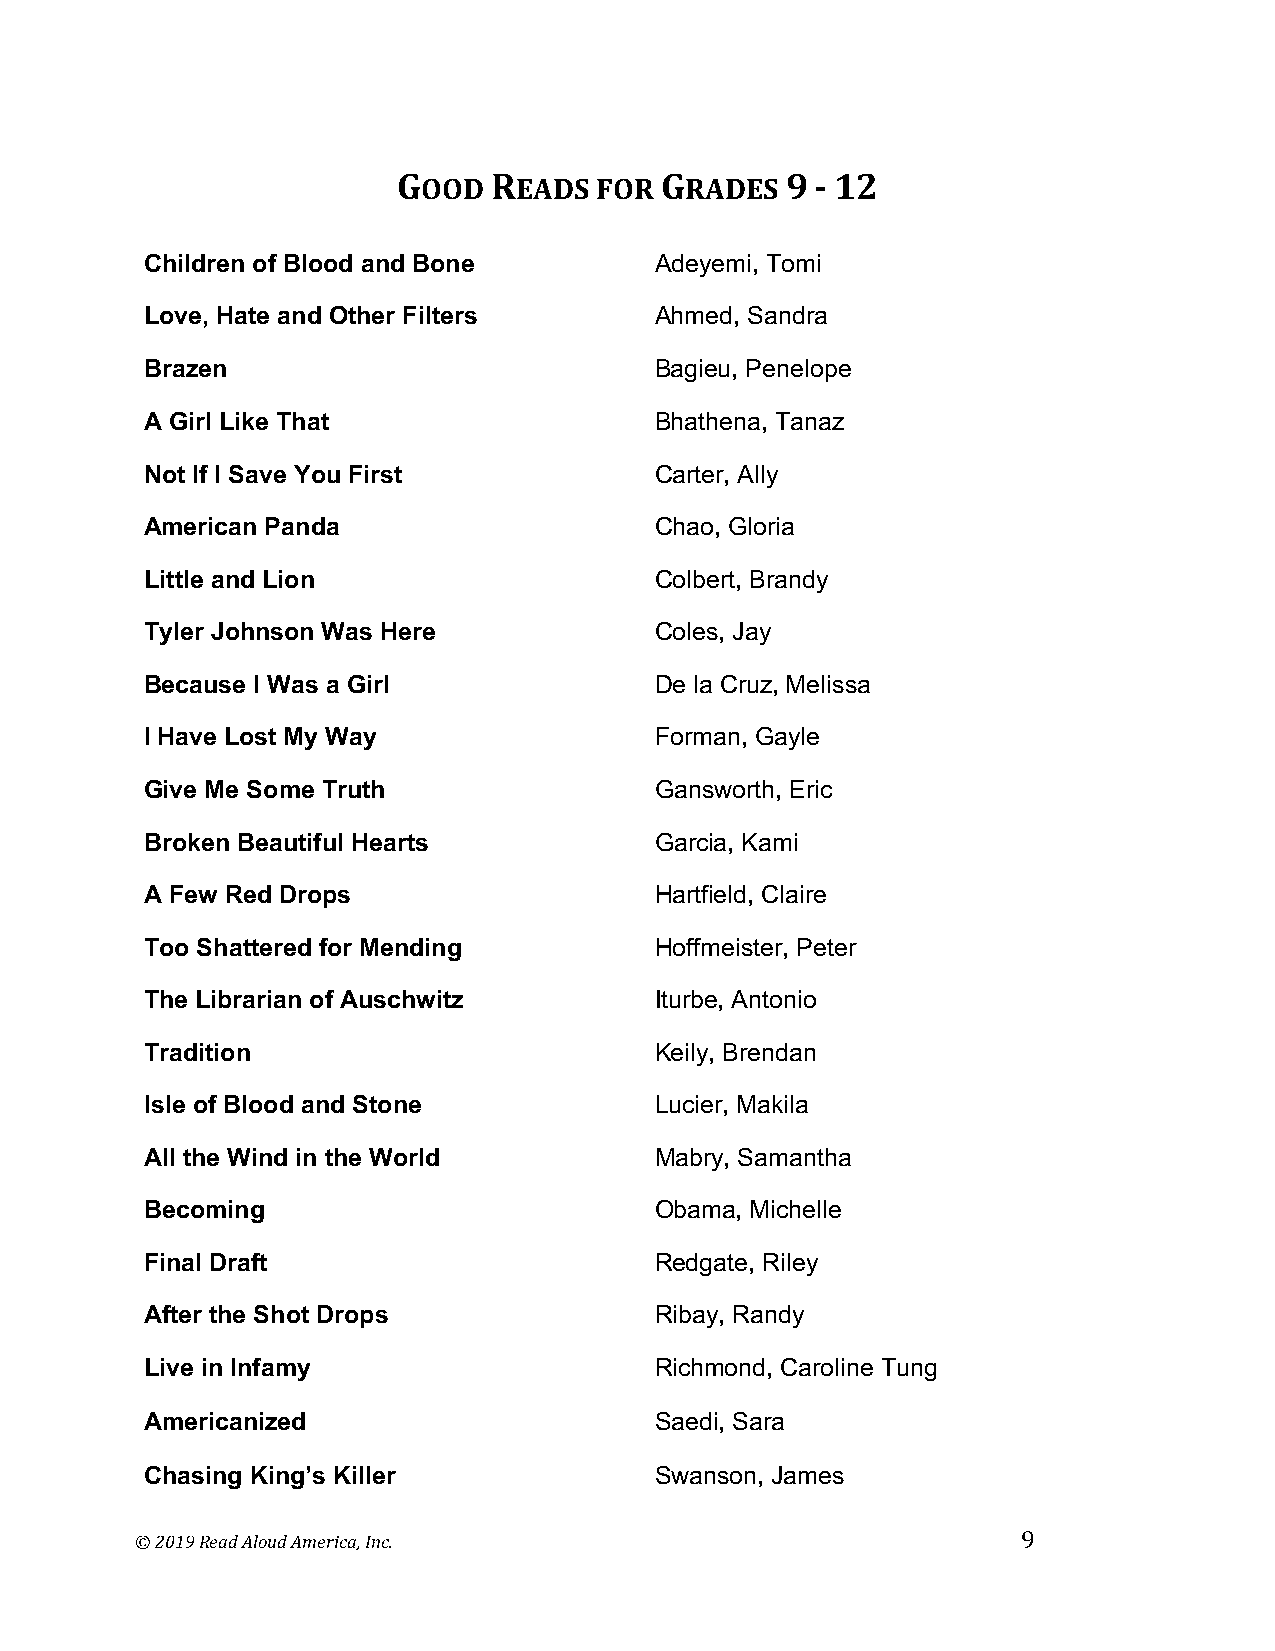
GOOD   READS FOR  GRADES  9 - 12
 Children of Blood and Bone       Adeyemi, Tomi
 Love, Hate and Other Filters     Ahmed, Sandra
 Brazen                           Bagieu, Penelope
 A Girl Like That                 Bhathena, Tanaz
 Not If I Save You First          Carter, Ally
 American Panda                   Chao, Gloria
 Little and Lion                  Colbert, Brandy
 Tyler Johnson Was Here           Coles, Jay
 Because I Was a Girl             De la Cruz, Melissa
 I Have Lost My Way               Forman, Gayle
 Give Me Some Truth               Gansworth, Eric
 Broken Beautiful Hearts          Garcia, Kami
 A Few Red Drops                  Hartfield, Claire
 Too Shattered for Mending        Hoffmeister, Peter
 The Librarian of Auschwitz       Iturbe, Antonio
 Tradition                        Keily, Brendan
 Isle of Blood and Stone          Lucier, Makila
 All the Wind in the World        Mabry, Samantha
 Becoming                         Obama, Michelle
 Final Draft                      Redgate, Riley
 After the Shot Drops             Ribay, Randy
 Live in Infamy                   Richmond, Caroline Tung
 Americanized                     Saedi, Sara
 Chasing King’s Killer            Swanson, James
 © 2019 Read Aloud America, Inc.                            9